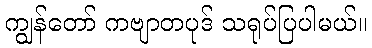
ကျွန်တော် ကဗျာတပုဒ် သရုပ်ပြပါမယ်။